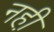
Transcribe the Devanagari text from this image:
नही़